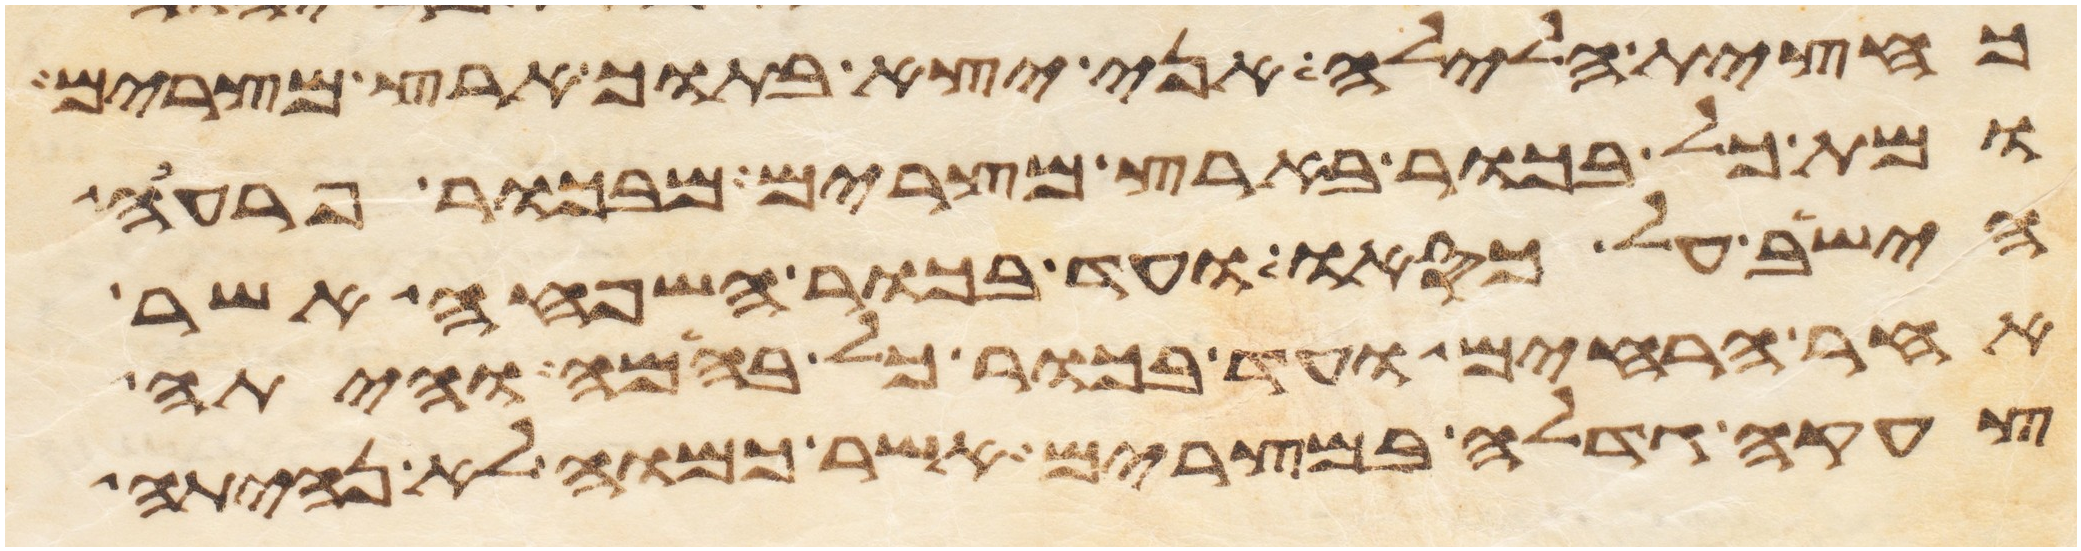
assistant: כחצית הלילה אני יצא בתוך ארץ מצרים
ומת כל בכור בארץ מצרים מבכור פרעה
הישב על כסאו ועד בכור השפחה אשר
אחר הרחים ועד בכור כל בהמה והיתה
צעקה גדלה במצרים אשר כמוה לא נהיתה